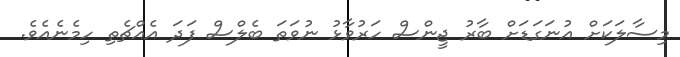
މިސާލަކަށް އުނަގަޑަށް ބާރު ޖީންސް ހަރުވާޅު ނުވަތަ ބެލްސް ފަދަ އެއްޗެތި ހިމެނެއެވެ.